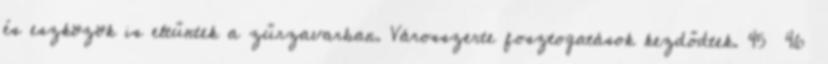
és eszközök is eltűntek a zűrzavarban. Városszerte fosztogatások kezdődtek. 45 46